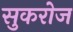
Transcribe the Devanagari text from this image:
सुकरोज